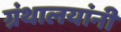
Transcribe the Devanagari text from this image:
ग्रंथालयांनी